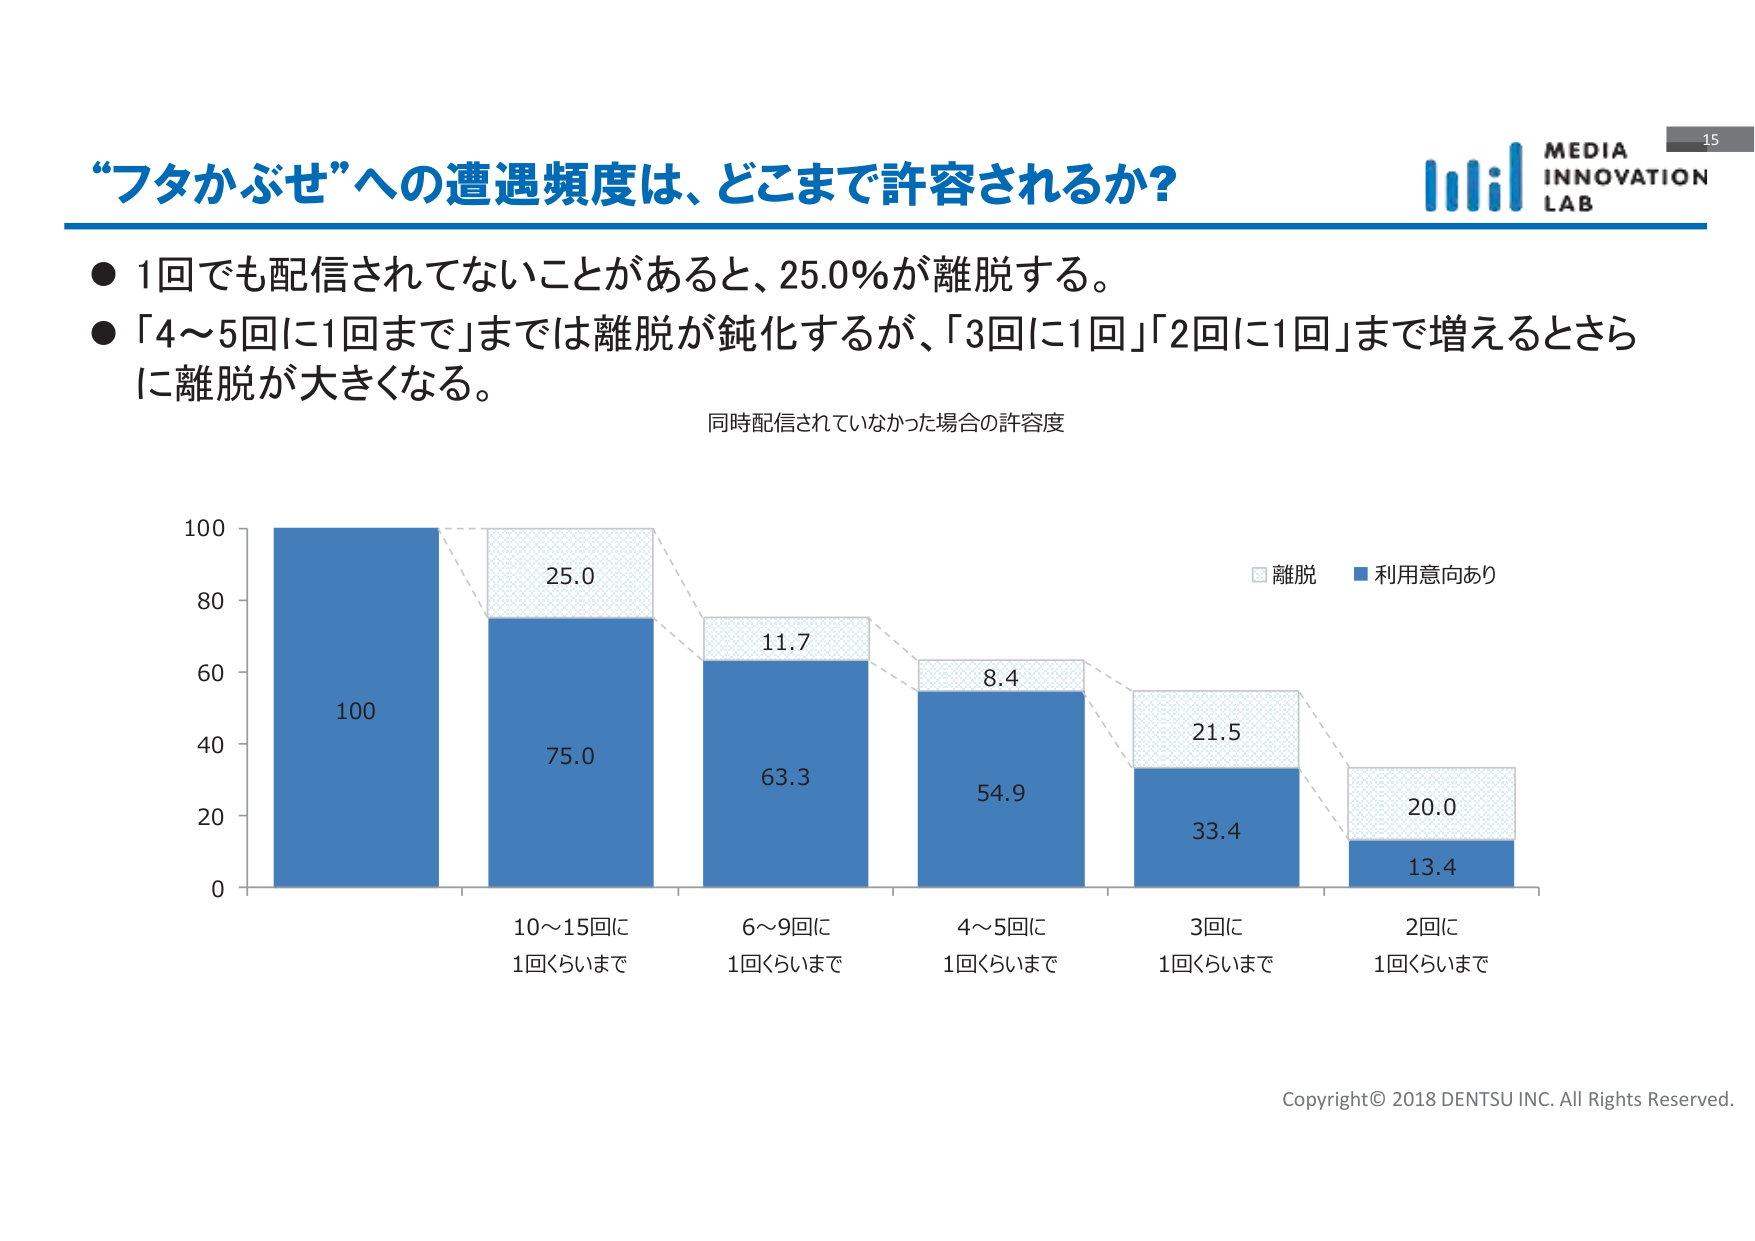
“フタかぶせ”への遭遇頻度は、どこまで許容されるか？

● 1回でも配信されてないことがあると、25.0%が離脱する。
● 「4～5回に1回まで」までは離脱が鈍化するが、「3回に1回」「2回に1回」まで増えるとさらに離脱が大きくなる。

同時配信されていなかった場合の許容度

離脱
利用意向あり

100
80
60
40
20
0

100
75.0
63.3
54.9
33.4
13.4

25.0
11.7
8.4
21.5
20.0

10～15回に
1回くらいまで

6～9回に
1回くらいまで

4～5回に
1回くらいまで

3回に
1回くらいまで

2回に
1回くらいまで

MEDIA
INNOVATION
LAB

15

Copyright© 2018 DENTSU INC. All Rights Reserved.